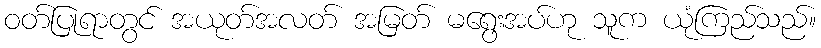
ဝတ်ပြုရာတွင် အယုတ်အလတ် အမြတ် မရွေးအပ်ဟု သူက ယုံကြည်သည်။